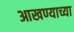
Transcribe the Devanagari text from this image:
आखण्याच्या